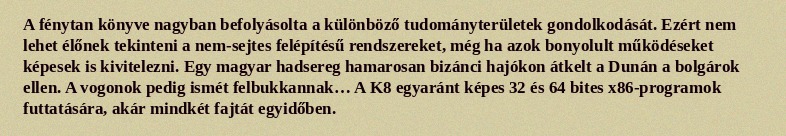
A fénytan könyve nagyban befolyásolta a különböző tudományterületek gondolkodását. Ezért nem lehet élőnek tekinteni a nem-sejtes felépítésű rendszereket, még ha azok bonyolult működéseket képesek is kivitelezni. Egy magyar hadsereg hamarosan bizánci hajókon átkelt a Dunán a bolgárok ellen. A vogonok pedig ismét felbukkannak… A K8 egyaránt képes 32 és 64 bites x86-programok futtatására, akár mindkét fajtát egyidőben.